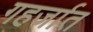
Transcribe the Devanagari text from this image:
गहर्जात